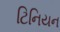
ટિનિયન